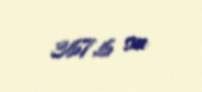
367,6 sm